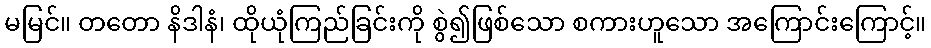
မမြင်။ တတော နိဒါနံ၊ ထိုယုံကြည်ခြင်းကို စွဲ၍ဖြစ်သော စကားဟူသော အကြောင်းကြောင့်။